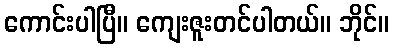
ကောင်းပါပြီ။ ကျေးဇူးတင်ပါတယ်။ ဘိုင်။